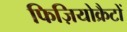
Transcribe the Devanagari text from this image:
फिज़ियोक्रैटों